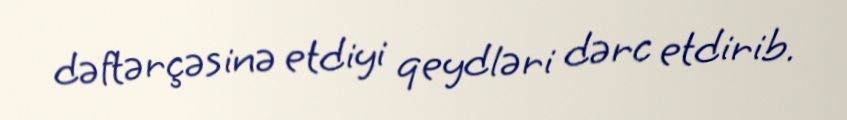
dəftərçəsinə etdiyi qeydləri dərc etdirib.